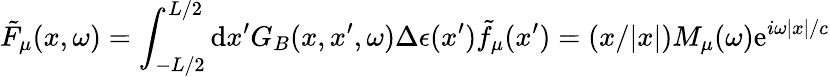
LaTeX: \tilde{F}_{\mu}(x,\omega)=\int_{-L/2}^{L/2}\mathrm{d}x^{\prime}G_{B}(x,x^{\prime},\omega)\Delta\epsilon(x^{\prime})\tilde{f}_{\mu}(x^{\prime})=(x/|x|)M_{\mu}(\omega)\mathrm{e}^{i\omega|x|/c}